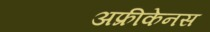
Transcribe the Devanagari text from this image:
अफ्रीकेनस